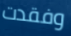
وفقدت